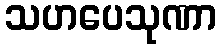
သဟပေသုဏာ